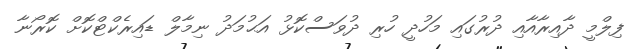
ފިލްމީ ދާއިރާއާއި ދުރުގައި މަހުދީ ހުރި ދުވަސްކޮޅު އަޙުމަދު ނިމާލް ޑައިރެކްޓްކޮށް ކޮރޯނާ